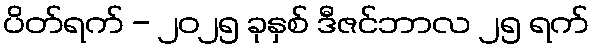
ပိတ်ရက် - ၂၀၂၅ ခုနှစ် ဒီဇင်ဘာလ ၂၅ ရက်